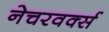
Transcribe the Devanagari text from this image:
नेचरवर्क्स